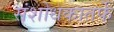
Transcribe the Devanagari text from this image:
संशोधकातर्फे